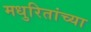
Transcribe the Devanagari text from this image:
मधुरितांच्या